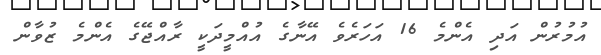
އުމުރުން އަދި އެންމެ 16 އަހަރެވެ އޭނާގެ އުއްމީދަކީ ރާއްޖޭގެ އެންމެ ޒުވާން